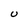
Character: U